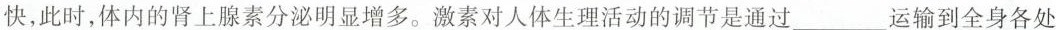
快，此时，体内的肾上腺素分泌明显增多。激素对人体生理活动的调节是通过___运输到全身各处